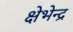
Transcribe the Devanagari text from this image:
क्षेभेन्द्र